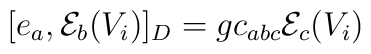
[e_{a}, {\cal E}_{b}(V_{i})]_{D} = g c_{abc} {\cal E}_{c}(V_{i})